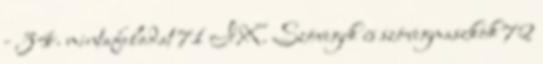
- 34. mintafeladat 71 IX. Szövegek és szövegmaszkok 72